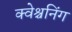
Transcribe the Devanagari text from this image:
क्वेश्चनिंग